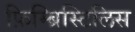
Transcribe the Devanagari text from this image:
फ़िम्ब्रिस्टिलिस